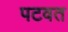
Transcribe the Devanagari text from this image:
पटवत